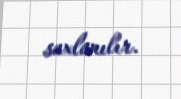
saxlanılır.